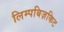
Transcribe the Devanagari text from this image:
लिम्पबिज़किट